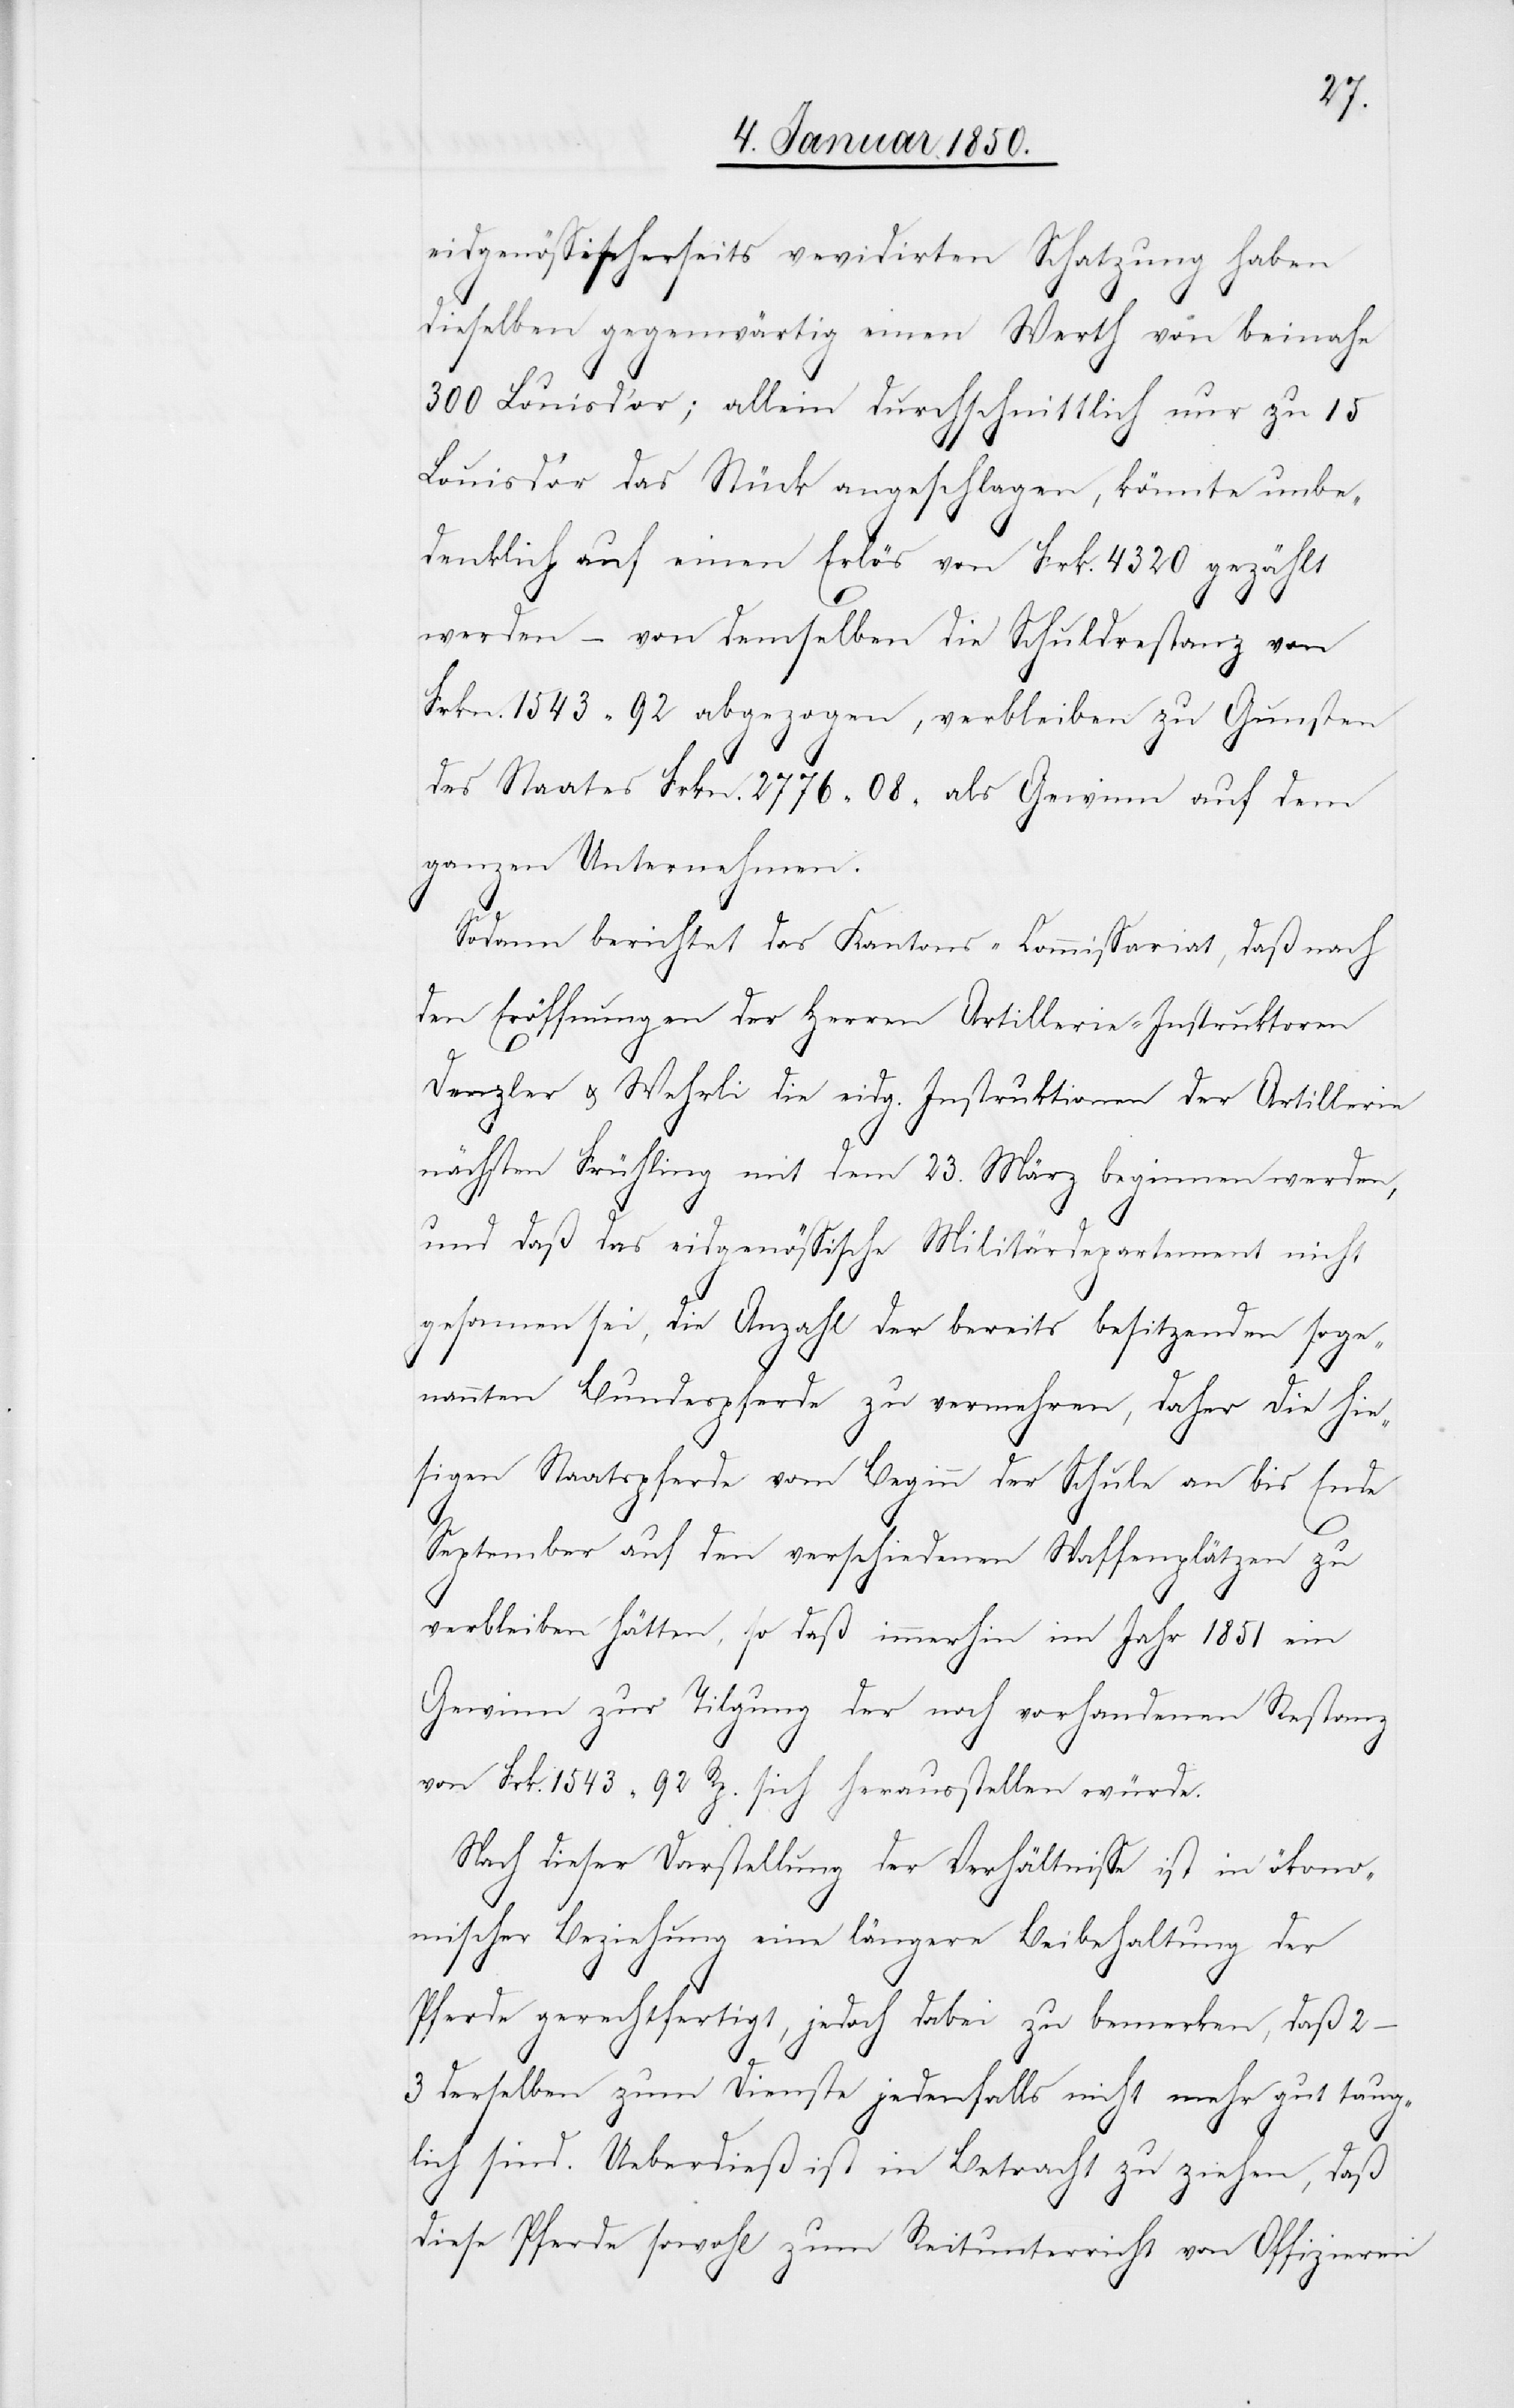
eidgenössischerseits revidirten Schatzung haben
dieselben gegenwärtig einen Werth von beinahe
300 Louis d’or; allein durchschnittlich nur zu 15
Louis d’or das Stück angeschlagen, könnte unbe¬
denklich auf einen Erlös von Frk. 4320 gezählt
werden – von demselben die Schuldrestanz von
Frkn. 1543 92 abgezogen, verbleiben zu Gunsten
des Staates Frkn. 2776 08 als Gewinn auf dem
ganzen Unternehmen.
Sodann berichtet das Kantons-Commissariat, daß nach
den Eröffnungen der Herren Artillerie-Instruktoren
Denzler u. Wehrli die eidg. Instruktionen der Artillerie
nächsten Frühling mit dem 23. März beginnen werden,
und daß das eidgenössische Militärdepartement nicht
gesonnen sei, die Anzahl der bereits besitzenden soge¬
nannten Bundespferde zu vermehren, daher die hie¬
sigen Staatspferde vom Beginn der Schule an bis Ende
September auf den verschiedenen Waffenplätzen zu
verbleiben hätten, so daß immerhin im Jahr 1851 ein
Gewinn zur Tilgung der noch vorhandenen Restanz
von Frk. 1543 92 Rp. sich herausstellen würde.
Nach dieser Darstellung der Verhältnisse ist in ökono¬
mischer Beziehung eine längere Beibehaltung der
Pferde gerechtfertigt, jedoch dabei zu bemerken, daß 2–3
derselben zum Dienste jedenfalls nicht mehr gut taug¬
lich sind. Ueberdieß ist in Betracht zu ziehen, daß
diese Pferde sowohl zum Reitunterricht von Offizieren